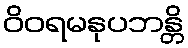
ဝိဝရမနုပဘန္တိ